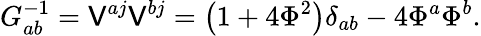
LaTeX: G_{ab}^{-1}=\mathsf{V}^{aj}\mathsf{V}^{bj}=\left(1+4\Phi^{2}\right)\delta_{ab}-4\Phi^{a}\Phi^{b}.